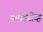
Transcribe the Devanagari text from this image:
काडिरोव्ह